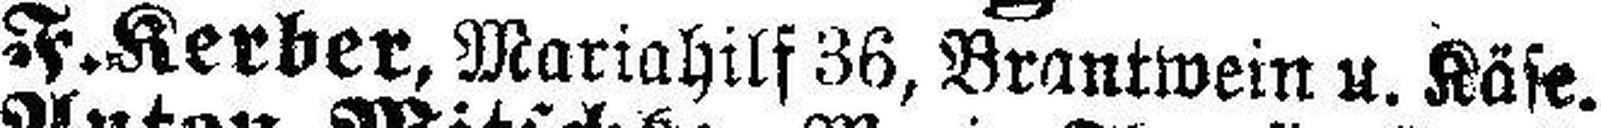
F.Kerber, Mariahilf 36, Brantwein u. Käse.